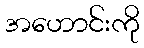
အဟောင်းကို